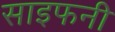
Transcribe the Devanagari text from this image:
साइफनी